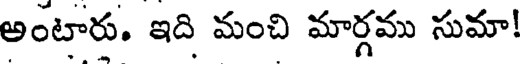
అంటారు. ఇది మంచి మార్గము సుమా!